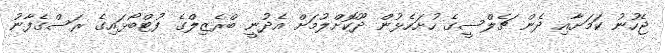
ޖެހުނު ކަމަށާއި ދެން ޗެލްސީގެ ހުށަހެޅުން ދޫކޮށްލުމަށް އެދުނީ ބްރެޒިލްގެ ފުޓްބޯޅައިގެ ރަސްގެފާނު